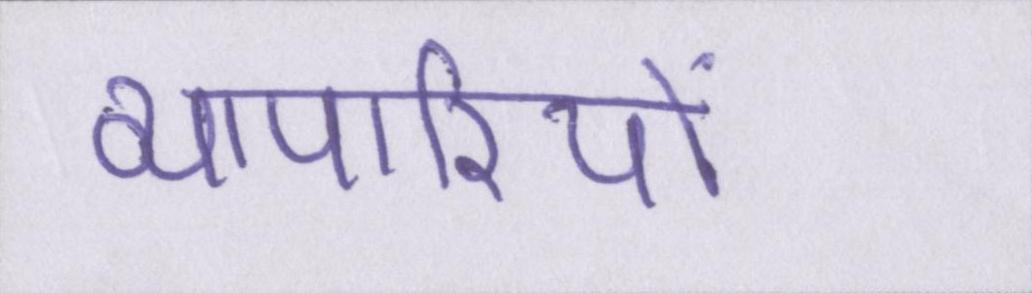
व्यापारियों